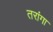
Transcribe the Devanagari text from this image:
तरांगा